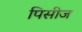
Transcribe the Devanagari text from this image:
पिसीज